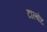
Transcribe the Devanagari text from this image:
टाल्बोट